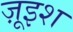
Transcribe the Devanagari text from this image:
ज़ूइश